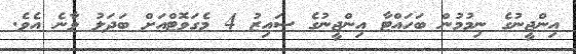
އިންޖީނުގެ ނިމުމުން ބަހައްޓާ އިންޖީނުގެ ސައިޒު 4 މެގަވޮޓްއަށް ބަދަލު ވާނެ އެވެ.